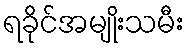
ရခိုင်အမျိုးသမီး